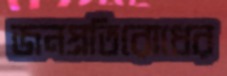
জনপ্রতিরোধের